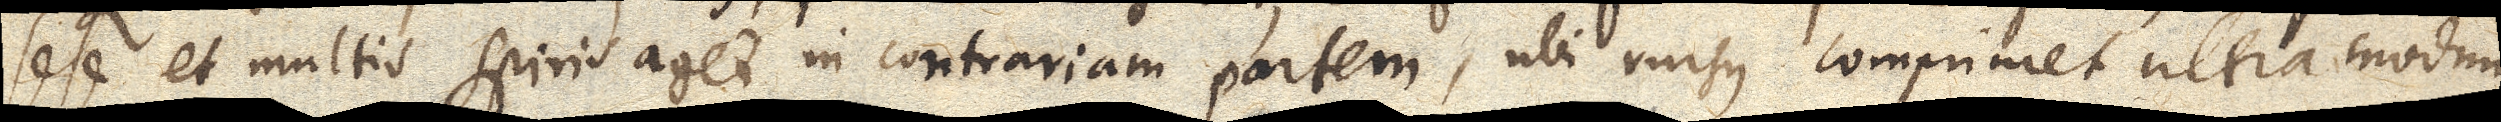
sese et multis spiris aget in contrariam partem, ubi rursus comprimet ultra modum,